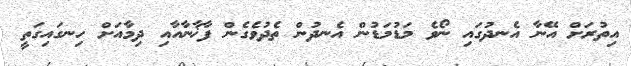
އިތުރަށް އޭނާ އެނދުގައި ނޯވެ މަޑުމަޑުން އެނދުން ތެދުވެގެން ފާޚާނާއާއި ދިމާއަށް ހިނގައިގަތީ